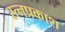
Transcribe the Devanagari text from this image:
रत्नप्रकाश